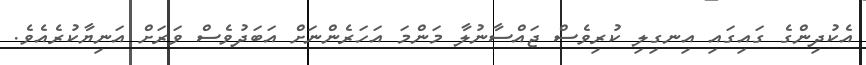
އެކުދިންގެ ގައިގައި އިނގިލި ކުރިވެސް ޖައްސާނުލާ މަންމަ އަހަރެންނަށް އަބަދުވެސް ވަރަށް އަނިޔާކުރެއެވެ.